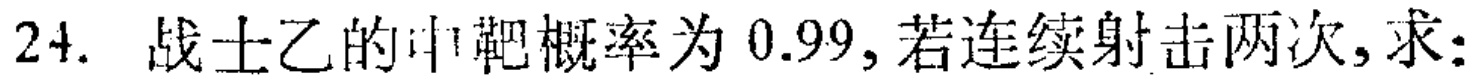
24. 战士乙的中靶概率为 \(0.99\)，若连续射击两次，求：